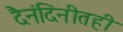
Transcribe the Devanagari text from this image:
दैनंदिनीतही